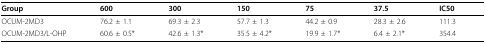
<table><thead><tr><td><b>Group</b></td><td><b>600</b></td><td><b>300</b></td><td><b>150</b></td><td><b>75</b></td><td><b>37.5</b></td><td><b>IC50</b></td></tr></thead><tbody><tr><td>OCUM-2MD3</td><td>76.2 ± 1.1</td><td>69.3 ± 2.3</td><td>57.7 ± 1.3</td><td>44.2 ± 0.9</td><td>28.3 ± 2.6</td><td>111.3</td></tr><tr><td>OCUM-2MD3/L-OHP</td><td>60.6 ± 0.5*</td><td>42.6 ± 1.3*</td><td>35.5 ± 4.2*</td><td>19.9 ± 1.7*</td><td>6.4 ± 2.1*</td><td>354.4</td></tr></tbody></table>